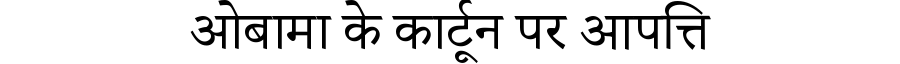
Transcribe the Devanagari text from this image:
ओबामा के कार्टून पर आपत्ति